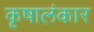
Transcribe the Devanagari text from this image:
कृषालंकार